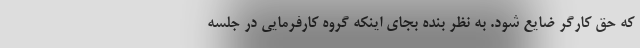
که حق کارگر ضایع شود. به نظر بنده بجای اینکه گروه کارفرمایی در جلسه